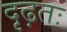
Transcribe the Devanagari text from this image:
दृढ़तः